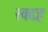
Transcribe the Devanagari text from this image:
स्वदह